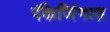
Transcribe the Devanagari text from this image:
पॅकेजिंगला